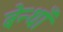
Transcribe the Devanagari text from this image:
बेन्थाँ